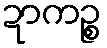
ဍာကဉ္စ